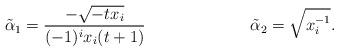
LaTeX: \begin{align*}\tilde \alpha_1&= \frac{-\sqrt{-tx_i}}{(-1)^i x_i(t+1)}&&\tilde \alpha_2= \sqrt{x_i^{-1}}.\end{align*}